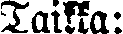
Taikka: